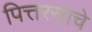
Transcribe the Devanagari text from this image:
पित्तरसाचे